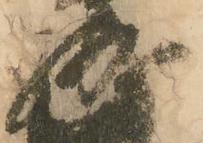
成